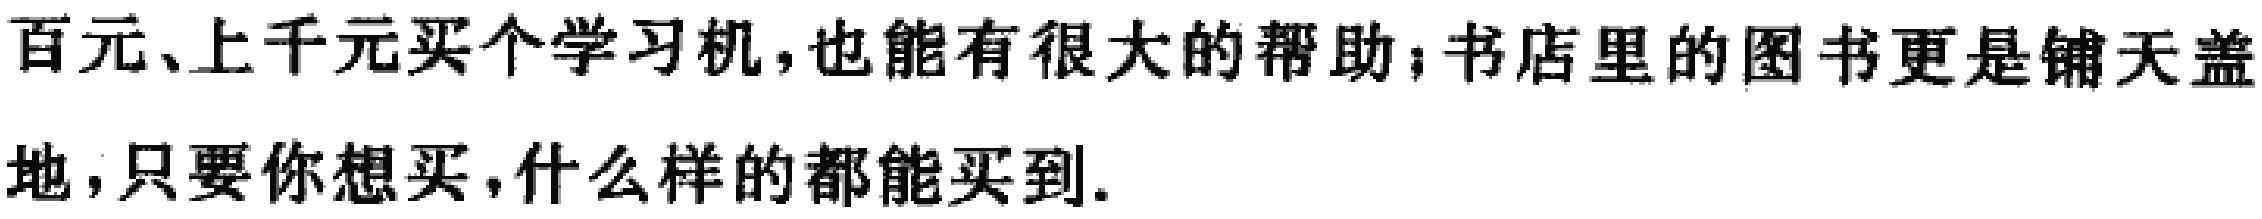
百元、上千元买个学习机,也能有很大的帮助；书店里的图书更是铺天盖地,只要你想买,什么样的都能买到.